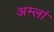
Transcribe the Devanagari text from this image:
अम्लां